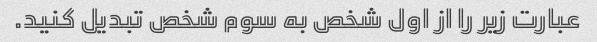
عبارت زیر را از اول شخص به سوم شخص تبدیل کنید.